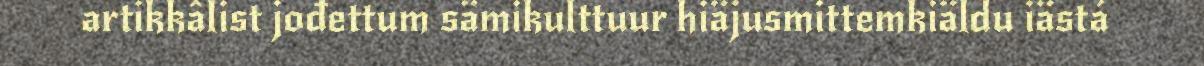
artikkâlist jođettum sämikulttuur hiäjusmittemkiäldu iästá